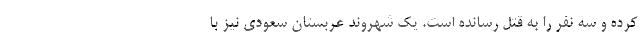
کرده و سه نفر را به قتل رسانده است. یک شهروند عربستان سعودی نیز با